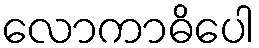
လောကာဓိပေါ